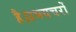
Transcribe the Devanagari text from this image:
है।उभयचरों